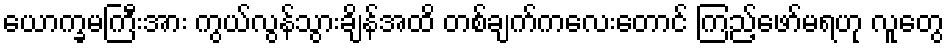
ယောက္ခမကြီးအား ကွယ်လွန်သွားချိန်အထိ တစ်ချက်ကလေးတောင် ကြည့်ဖော်မရဟု လူတွေ